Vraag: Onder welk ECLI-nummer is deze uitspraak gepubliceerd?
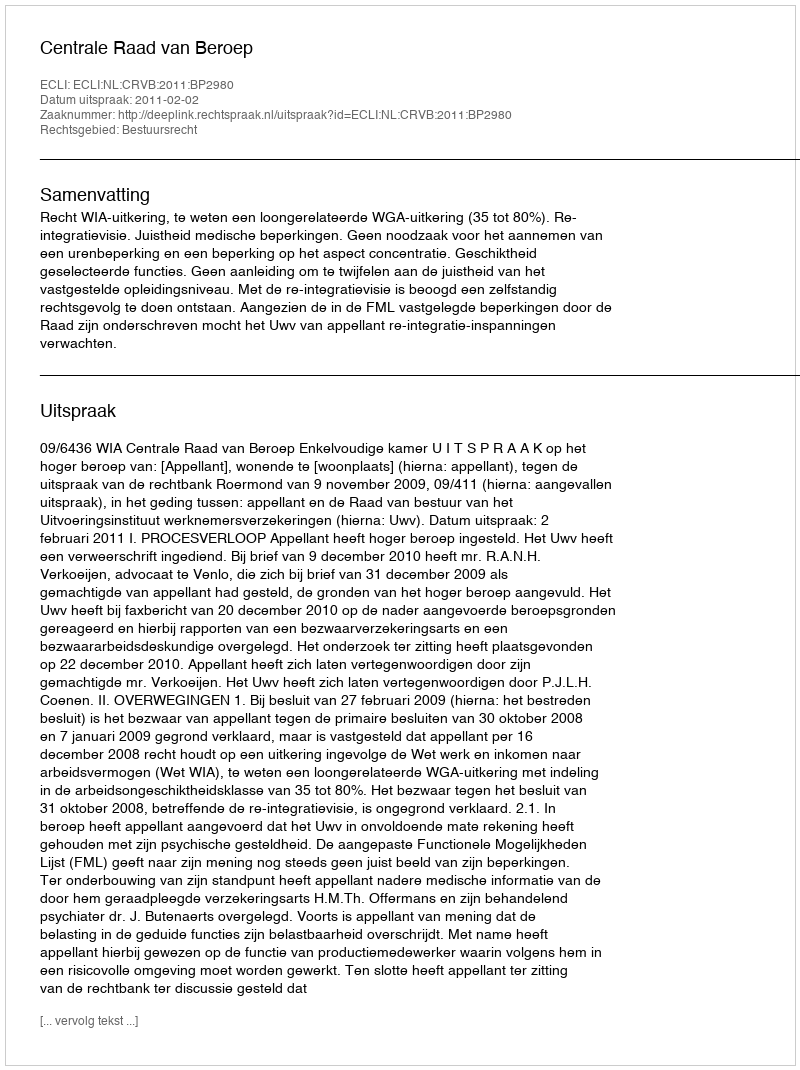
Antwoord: ECLI:NL:CRVB:2011:BP2980